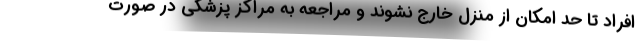
افراد تا حد امکان از منزل خارج نشوند و مراجعه به مراکز پزشکی در صورت